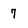
Character: 7